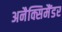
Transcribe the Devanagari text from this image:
अनैक्सिमैंडर